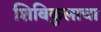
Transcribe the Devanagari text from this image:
शिबिकुलाचा